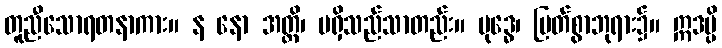
တူညီသောရတနာကား။ န နော အတ္ထိ၊ မရှိသည်သာတည်း။ ဗုဒ္ဓေ၊ မြတ်စွာဘုရား၌။ ဣဒမ္ပိ